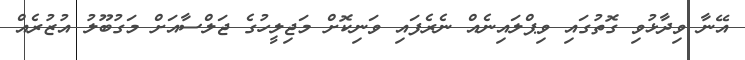
އޭނާ ވިދާޅުވި ގޮތުގައި ވިޕްލައިނެއް ނެރެފައި ވަނިކޮށް މަޖިލީހުގެ ޖަލްސާއަށް މަގުބޫލު އުޒުރެއް